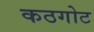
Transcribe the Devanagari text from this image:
कठगोट